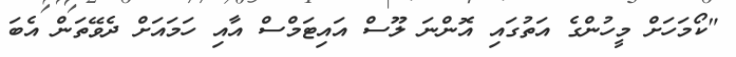
"ކޯމަހަށް މީހުންގެ އަތުގައި އޮންނަ ލޫސް އައިޓަމްސް އާއި ހަމައަށް ދެވޭތަން އެބަ